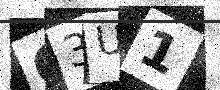
Text: C3U1